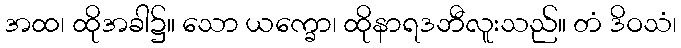
အထ၊ ထိုအခါ၌။ သော ယက္ခော၊ ထိုနာရဒဘီလူးသည်။ တံ ဒိဝသံ၊